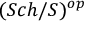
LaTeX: ( S c h / S ) ^ { o p }